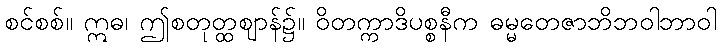
စင်စစ်။ ဣဓ၊ ဤစတုတ္ထဈာန်၌။ ဝိတက္ကာဒိပစ္စနီက ဓမ္မတေဇာဘိဘဝါဘာဝါ